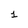
Character: 1